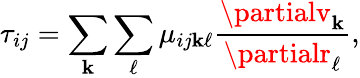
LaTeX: \tau_{ij}=\sum_{\mathbf{k}}\sum_{\ell}\mu_{ij\mathbf{k}\ell}{\frac{{\partialv_{\mathbf{k}}}}{{\partialr_{\ell}}}},